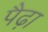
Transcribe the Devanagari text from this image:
पैढ़ा